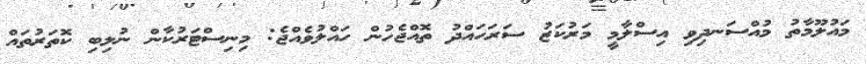
މައުލޫމާތު މުއްސަނދިވި އިސްލާމީ މަރުކަޒު ސަރަހައްދު ތޮއްޖެހުން ހައްލުވެއްޖެ: މިނިސްޓަރުކާން ނުލިބި ކޮތަރުތައް